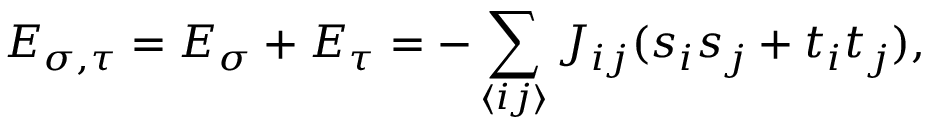
E _ { \sigma , \tau } = E _ { \sigma } + E _ { \tau } = - \sum _ { \langle i j \rangle } J _ { i j } ( s _ { i } s _ { j } + t _ { i } t _ { j } ) ,